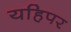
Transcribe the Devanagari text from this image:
यहिपर